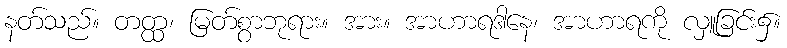
နတ်သည်။ တတ္ထ၊ မြတ်စွာဘုရား။ အား။ အာဟာရဒါနေ၊ အာဟာရကို လှူခြင်း၌။